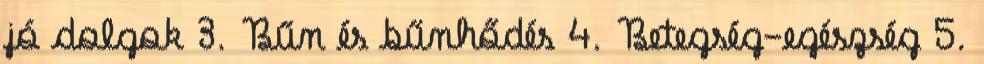
jó dolgok 3. Bűn és bűnhődés 4. Betegség-egészség 5.